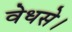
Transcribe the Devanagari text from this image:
वेधसे।